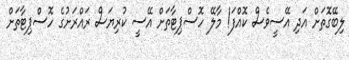
ލިބޭގޮތަށް އަދި އޭސީވެސް ކޮއްފަ! މާލޭ ހޮސްޕިޓާތަށް އޭސީ ކުރިޔަސް ރައްރަށުގެ ހޮސްޕިޓާތަށް